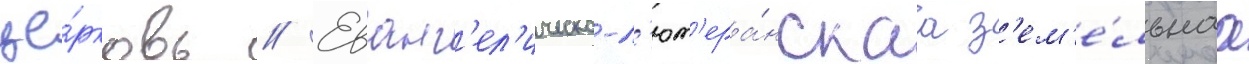
це́рковь // Еванг'ел'ическо-л'ют'ера́нскаа з'ем'е́льнаа